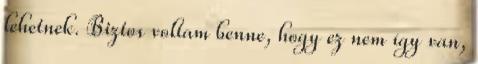
lehetnek. Biztos voltam benne, hogy ez nem így van,